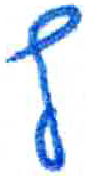
אות: ץ